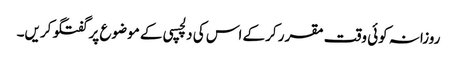
روزانہ کوئی وقت مقرر کرکے اس کی دلچسپی کے موضوع پر گفتگو کریں۔